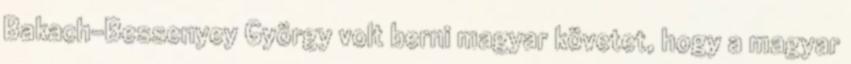
Bakach-Bessenyey György volt berni magyar követet, hogy a magyar